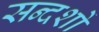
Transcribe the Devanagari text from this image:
सन्दशों